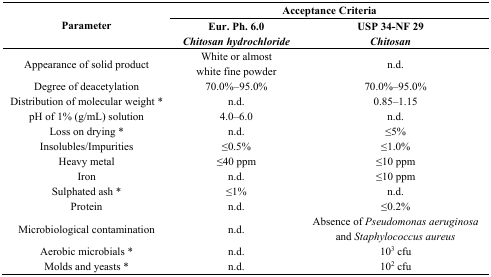
| <ROWSPAN=2> Parameter | <COLSPAN=2> Acceptance Criteria |
 | Eur. Ph. 6.0 Chitosan hydrochloride | USP 34-NF 29 Chitosan |
 | --- | --- | --- |
 | Appearance of solid product | White or almost white fine powder | n.d. |
 | Degree of deacetylation | 70.0%–95.0% | 70.0%–95.0% |
 | Distribution of molecular weight * | n.d. | 0.85–1.15 |
 | pH of 1% (g/mL) solution | 4.0–6.0 | n.d. |
 | Loss on drying * | n.d. | ≤5% |
 | Insolubles/Impurities | ≤0.5% | ≤1.0% |
 | Heavy metal | ≤40 ppm | ≤10 ppm |
 | Iron | n.d. | ≤10 ppm |
 | Sulphated ash * | ≤1% | n.d. |
 | Protein | n.d. | ≤0.2% |
 | Microbiological contamination | n.d. | Absence of Pseudomonas aeruginosa and Staphylococcus aureus |
 | Aerobic microbials * | n.d. | 103 cfu |
 | Molds and yeasts * | n.d. | 102 cfu |